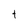
Character: t